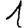
Digit: 1